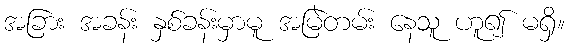
အခြား အခန်း နှစ်ခန်းမှာမူ အမြဲတမ်း နေသူ ဟူ၍ မရှိ။